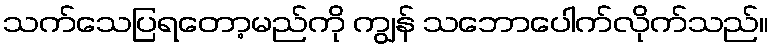
သက်သေပြရတော့မည်ကို ကျွန် သဘောပေါက်လိုက်သည်။